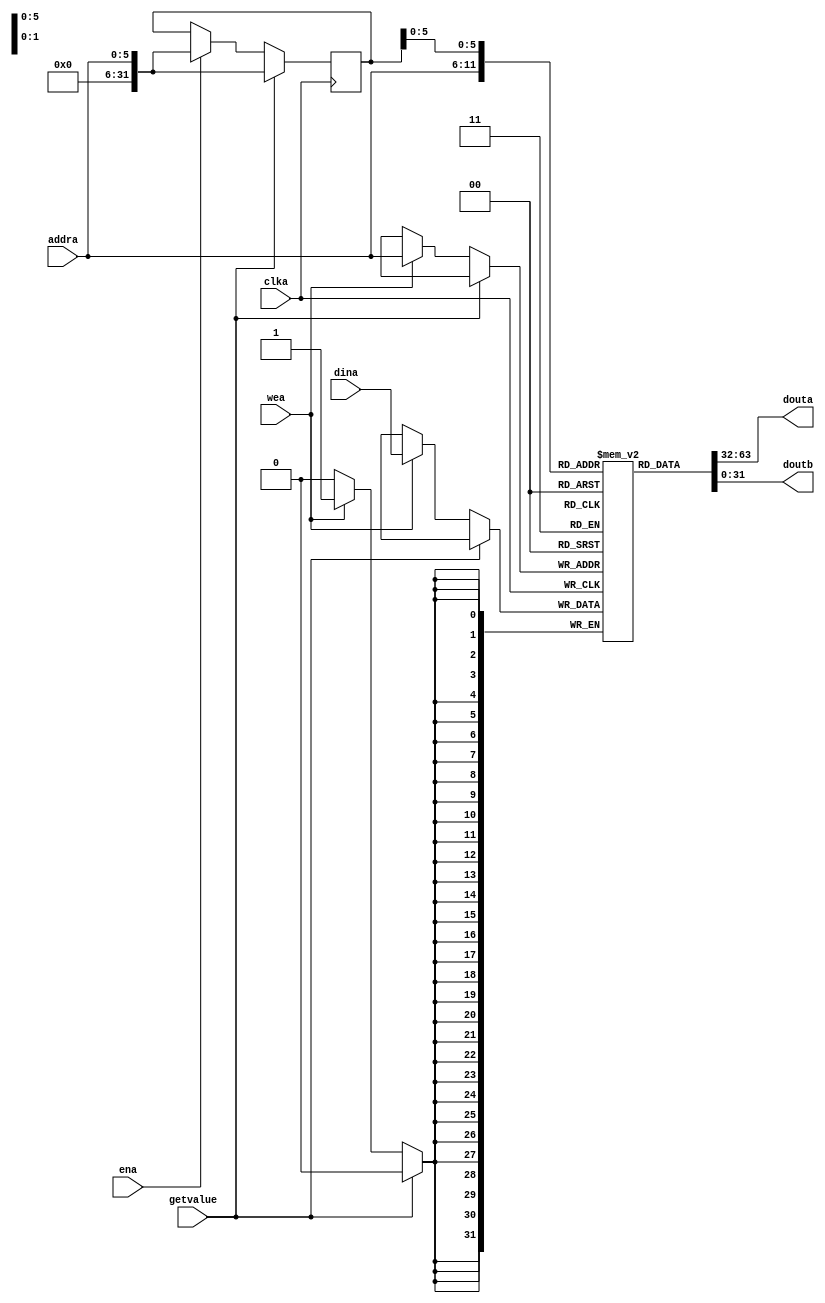
`timescale 1ns / 1ps

module mem(addra, clka, dina, douta,doutb, ena, wea,getvalue);
	
	input clka, ena, wea ,getvalue;
	input [5:0] addra;
	input [31:0] dina;
	output [31:0] douta;
	output [31:0] doutb;

	reg [31:0] mem[0:63];
	reg [31:0] addr_reg;
	
	assign douta = mem[addra];
	assign doutb = mem[addr_reg];

	always @(posedge clka)
	begin
		if(~getvalue)
		begin
			if(wea)	begin
            	mem[addra] <= dina;
            	//$display("%h",dina);
            end
			if(ena)	
            	addr_reg <= addra;
        end
        else
        	//if(wea)		
            //	mem[addra] <= dina;
            addr_reg <= addra;
	end

endmodule